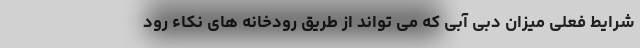
شرایط فعلی میزان دبی آبی که می تواند از طریق رودخانه های نکاء رود